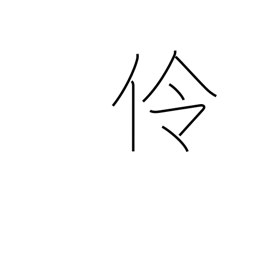
Meaning: actor